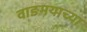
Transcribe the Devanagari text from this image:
वाङमयाच्या